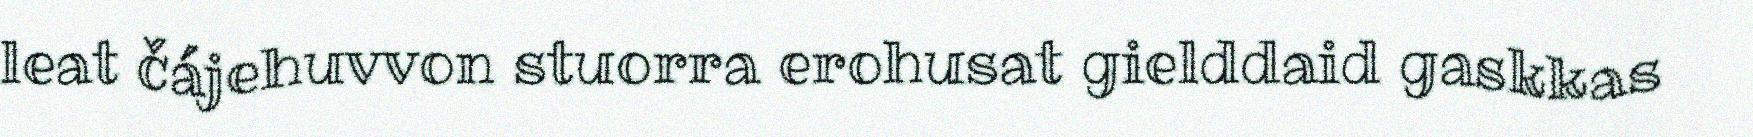
leat čájehuvvon stuorra erohusat gielddaid gaskkas